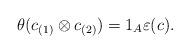
LaTeX: \begin{align*} \theta (c _{(1)} \otimes c _{(2)}) = 1 _{A } \varepsilon (c). \end{align*}